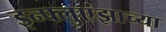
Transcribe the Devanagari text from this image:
इन्फ्लुएंझाच्या